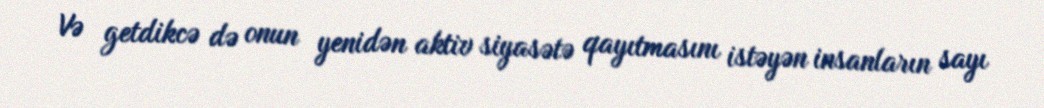
Və getdikcə də onun yenidən aktiv siyasətə qayıtmasını istəyən insanların sayı